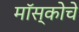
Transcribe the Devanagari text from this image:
मॉस्कोचे